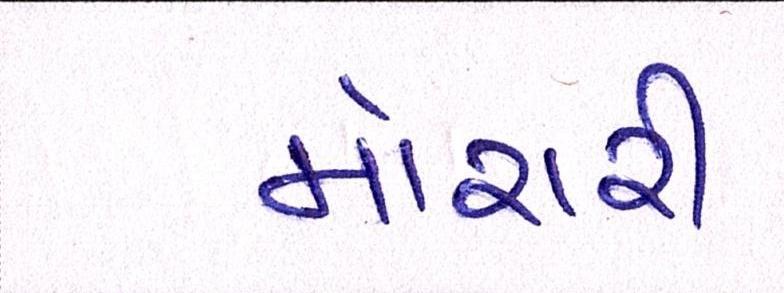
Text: મોરારી